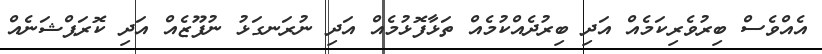
އެއްވެސް ބިރުވެރިކަމެއް އަދި ބިރުދެއްކުމެއް ތަޅާފޮޅުމެއް އަދި ނުރަނގަޅު ނުފޫޒެއް އަދި ކޮރަޕްޝަނެއް